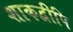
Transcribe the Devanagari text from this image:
शाकद्वीपि